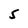
Character: 5